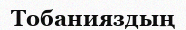
Тобанияздың